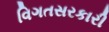
વિગતસરકારી